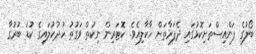
ބޯލުގެ ފަންއިސްތަށިކޮޅުގައި ދެފަރާތަށް ހާކާލިއެވެ. ކޮޓަރިން ނިކުތް ވަގުތު ހުދުކުލައިގެ ކުޑަ ބުރުގާ